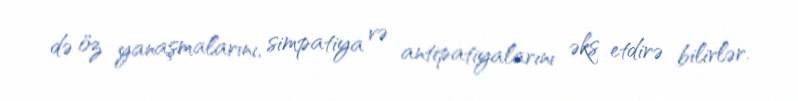
də öz yanaşmalarını, simpatiya və antipatiyalarını əks etdirə bilirlər.